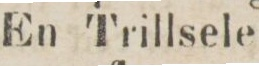
En Trillsele